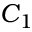
C _ { 1 }